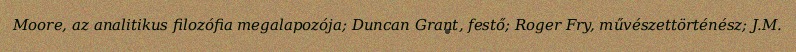
Moore, az analitikus filozófia megalapozója; Duncan Grant, festő; Roger Fry, művészettörténész; J.M.